Distribution and causation of leprosy in British India
Year: 1875
Disease focus: Leprosy
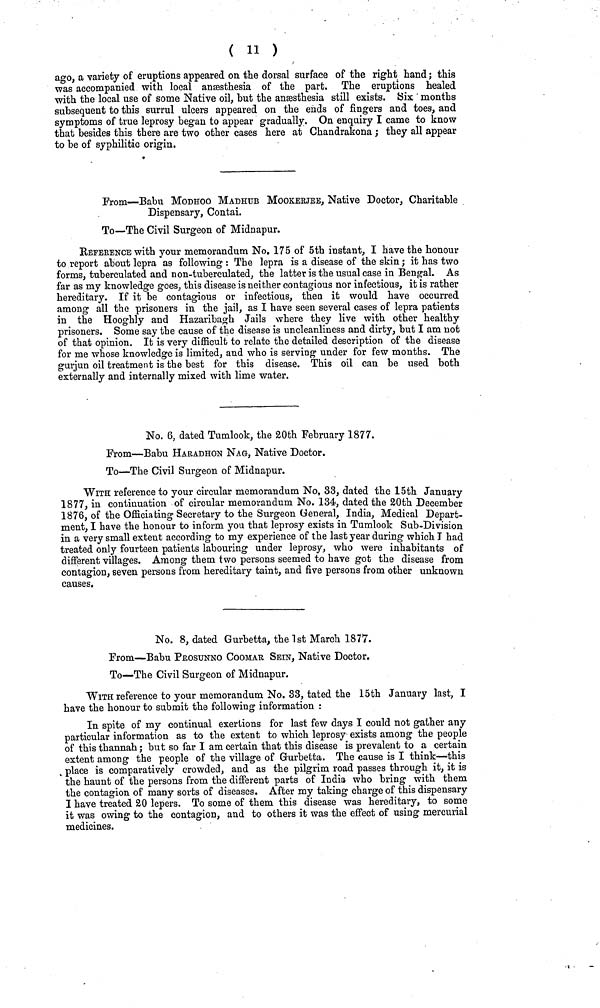
( 11 )
ago, a variety of eruptions appeared on the dorsal surface of the right hand ; this
was accompanied with local anæesthesia of the part. The eruptions healed
with the local use of some Native oil, but the anæsthesia still exists. Six months
subsequent to this surrul ulcers appeared on the ends of fingers and toes, and
symptoms of true leprosy began to appear gradually. On enquiry I came to know
that besides this there are two other cases here at Chandrakona ; they all appear
to be of syphilitic origin.
From—Babu MODHOO MADHUB MOOKERJEE, Native Doctor, Charitable
Dispensary, Contai.
To—The Civil Surgeon of Midnapur.
REFERENCE with your memorandum No. 175 of 5th instant, I have the honour
to report about lepra as following : The lepra is a disease of the skin ; it has two
forms, tuberculated and non-tuberculated, the latter is the usual case in Bengal. As
far as my knowledge goes, this disease is neither contagious nor infectious, it is rather
hereditary. If it be contagious or infectious, then it would have occurred
among all the prisoners in the jail, as I have seen several cases of lepra patients
in the Hooghly and Hazaribagh Jails where they live with other healthy
prisoners. Some say the cause of the disease is uncleanliness and dirty, but I am not
of that opinion. It is very difficult to relate the detailed description of the disease
for me whose knowledge is limited, and who is serving under for few months. The
gurjun oil treatment is the best for this disease. This oil can be used both
externally and internally mixed with lime water.
No. 6, dated Tumlook, the 20th February 1877.
From—Babu HARADHON NAG, Native Doctor.
To—The Civil Surgeon of Midnapur.
WITH reference to your circular memorandum No, 33, dated the 15th January
1877, in continuation of circular memorandum No. 134, dated the 20th December
1876, of the Officiating Secretary to the Surgeon General, India, Medical Depart-
ment, I have the honour to inform you that leprosy exists in Tumlook Sub-Division
in a very small extent according to my experience of the last year during which I had
treated only fourteen patients labouring under leprosy, who were inhabitants of
different villages. Among them two persons seemed to have got the disease from
contagion, seven persons from hereditary taint, and five persons from other unknown
causes.
No. 8, dated Gurbetta, the 1st March 1877.
From—Babu PROSUNNO COOMAr SEIN, Native Doctor.
To—The Civil Surgeon of Midnapur.
WITH reference to your memorandum No. 33, tated the 15th January last, I
have the honour to submit the following information :
In spite of my continual exertions for last few days I could not gather any
particular information as to the extent to which leprosy exists among the people
of this thannah j but so far I am certain that this disease is prevalent to a certain
extent among the people of the village of Gurbetta. The cause is I think—this
place is comparatively crowded, and as the pilgrim road passes through it, it is
the haunt of the persons from the different parts of India who bring with them
the contagion of many sorts of diseases. After my taking charge of this dispensary
I have treated 20 lepers. To some of them this disease was hereditary, to some
it was owing to the contagion, and to others it was the effect of using mercurial
medicines.